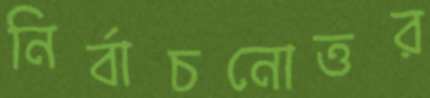
নির্বাচনোত্তর